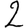
Digit: 2